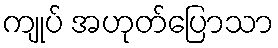
ကျုပ် အဟုတ်ပြောသာ